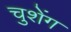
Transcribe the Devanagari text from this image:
चुशेंग